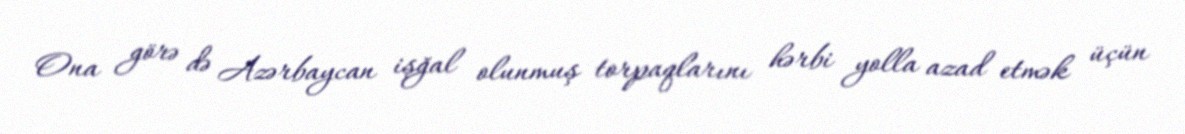
Ona görə də Azərbaycan işğal olunmuş torpaqlarını hərbi yolla azad etmək üçün